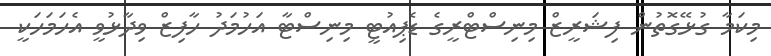
މިކަމާ ގުޅޭގޮތުން ފިޝަރީޒް މިނިސްޓްރީގެ ޑެޕިއުޓީ މިނިސްޓާ އަހުމަދު ހާފިޒް ވިދާޅުވީ އެހަމަހަކީ